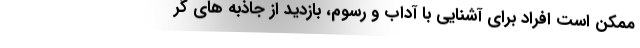
ممکن است افراد برای آشنایی با آداب و رسوم، بازدید از جاذبه های گر